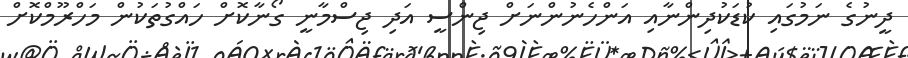
ދީނުގެ ނަމުގައި ކުޑަކުދިންނާއި އަންހެނުންނަށް ޖިންސީ އަދި ޖިސްމާނީ ގޯނާކޮށް ހައްގުތަކުން މަހްރޫމްކޮށް